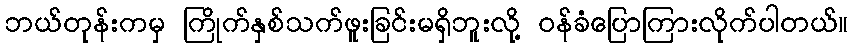
ဘယ်တုန်းကမှ ကြိုက်နှစ်သက်ဖူးခြင်းမရှိဘူးလို့ ဝန်ခံပြောကြားလိုက်ပါတယ်။